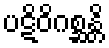
ပဋိဝိဂစ္ဆန္တိ